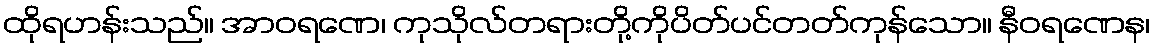
ထိုရဟန်းသည်။ အာဝရဏေ၊ ကုသိုလ်တရားတို့ကိုပိတ်ပင်တတ်ကုန်သော။ နီဝရဏေန၊